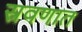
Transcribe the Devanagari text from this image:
स्रवणात